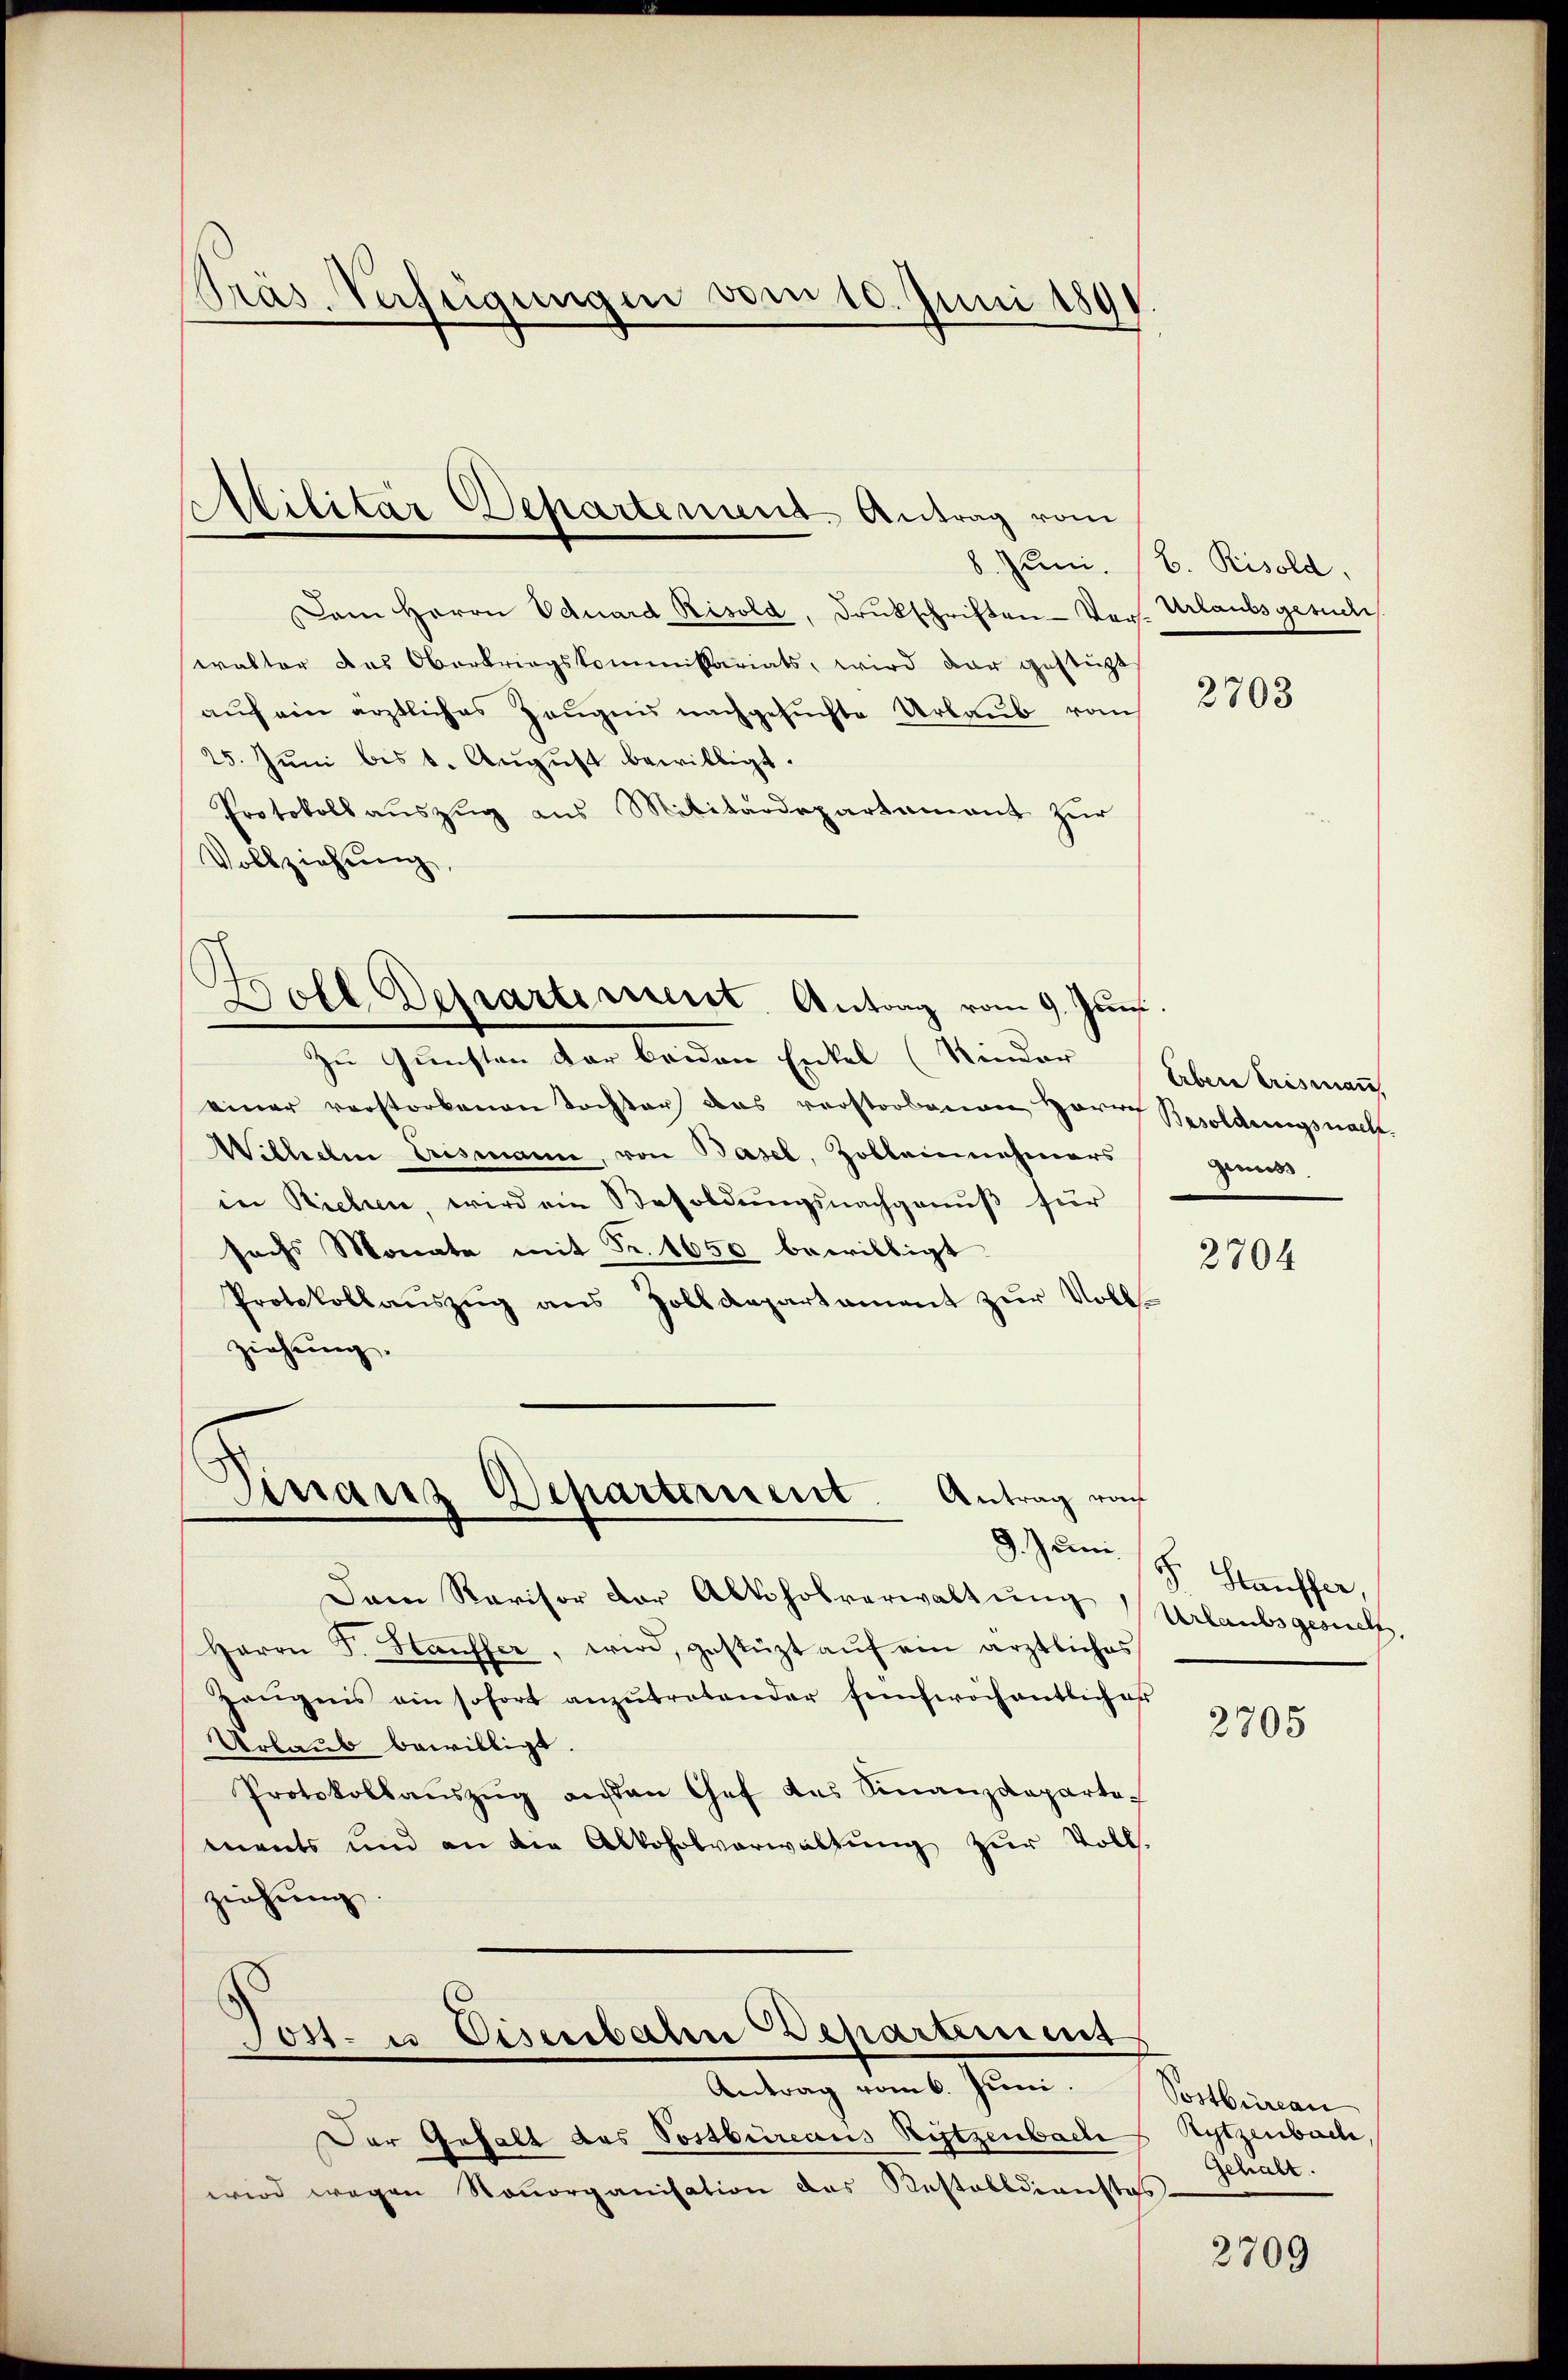
Dem Herrn Eduard Risold, Drukschriften Vor-Urlaubsgesuches.
walter das Oberkriegskommitariats, wird dar gestüzt
aŭf ein ärztliches Zeŭgnis nachgesuchte Urlaub vom
25. Jŭni bis 1. Aŭgŭst bewilligt.
Protokollauszug aus Militärdepartament zur
Vollziehung

Präs. Verfügungen vom 10. Juni 189

Militär Departement Antrag vom
8. Juni.

d
Doll Departement Antrag vom 9. Jun.

Dinaus Departement.
Antrag von

Zu Gunsten der beiden Enkel (Kinder
einer verstorbenen Tochter das verstorbenen Herrn Besoldungsnach.
Wilhelm Crismann, von Basel, Zollennehmers gemein-
in Riehen, wird ein Besoldungsnachgenŭβ für
sechs Monate mit Fr. 1650 bewilligt
Protokollaŭszŭg ans Zolldepartament zŭr Voll-
ziehung.

B. Risold.

Erben Erismann

Dam Ravisor der Abtholverwaltŭng,
Herrn F. Hauffer, wird, gestüzt aŭf ein ärztliches
Zeŭgnis ein sofort anzŭtretender fefwöchentlich es
Urlaub bewilligt.
Protokollaŭszŭg ansen Chef das Sinanzdeparte-
ments und an die Alkoholverwaltung zur Voll-
ziehung
Post- u Eisenbahn Departement
Antrag vom 6. Juni.
Der Gefall des Postbüreaus Ritzenbach Rytzenbach,
wird wegen Konorganisation das Pestalldienstes-

2703

2704

9. Juni 18. Stauffer,
Urlaubsgesuch,

2705

Postbüreau
Gehalt.

2709